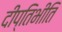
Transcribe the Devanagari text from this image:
दीप्तिभीति